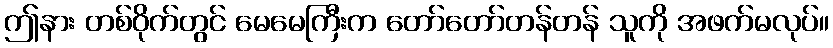
ဤနား တစ်ဝိုက်တွင် မေမေကြီးက တော်တော်တန်တန် သူကို အဖက်မလုပ်။